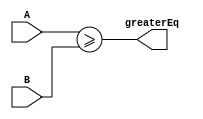
`timescale 1ns / 1ps

module comparator(A,B,greaterEq);
input [2:0]A;
input [2:0]B;
output greaterEq;
assign greaterEq = A>=B;
endmodule

module mux1Bit(in1,in2,sel,out);
input [2:0]in1;
input [2:0]in2;
input sel;
output [2:0]out;
assign out = sel?in2:in1;
endmodule

module sevenSegDec(Seven_Seg, enable7Seg, inp);
input [3:0]inp;
output [7:0]Seven_Seg;
output enable7Seg;
assign enable7Seg = 1'b0;
assign Seven_Seg[0] = (~inp[3])&(~inp[2])&(~inp[1])&(~inp[0]) | (~inp[3])&(inp[2])&(~inp[1])&(~inp[0]);
assign Seven_Seg[1] = ~inp[3]&inp[2]&~inp[1]&inp[0] | ~inp[3]&inp[2]&inp[1]&~inp[0];
assign Seven_Seg[2] = ~inp[3]&inp[2]&~inp[1]&inp[0];
assign Seven_Seg[3] = ~inp[3]&~inp[2]&~inp[1]&inp[0] | ~inp[3]&inp[2]&~inp[1]&~inp[0] | ~inp[3]&inp[2]&inp[1]&inp[0];
assign Seven_Seg[4] = ~inp[3]&~inp[2]&~inp[1]&inp[0] | ~inp[3]&~inp[2]&inp[1]&inp[0] | ~inp[3]&inp[2]&~inp[1]&~inp[0] 
| ~inp[3]&inp[2]&~inp[1]&inp[0] | ~inp[3]&inp[2]&inp[1]&inp[0] | inp[3]&~inp[2]&~inp[1]&inp[0];
assign Seven_Seg[5] = ~inp[3]&~inp[2]&~inp[1]&inp[0] | ~inp[3]&~inp[2]&inp[1]&~inp[0] | ~inp[3]&~inp[2]&inp[1]&inp[0] 
| ~inp[3]&inp[2]&inp[1]&inp[0];
assign Seven_Seg[6] = ~inp[3]&~inp[2]&~inp[1]&~inp[0] | ~inp[3]&~inp[2]&~inp[1]&inp[0] | ~inp[3]&inp[2]&inp[1]&inp[0];
assign Seven_Seg[7] = 1'b1;


endmodule